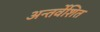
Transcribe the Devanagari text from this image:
अन्तर्वेशित